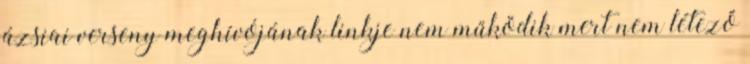
ázsiai verseny meghívójának linkje nem működik mert nem létező